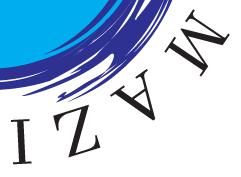
MAZI